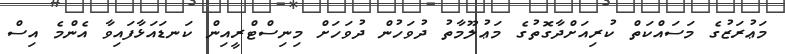
މަޢުރަޒުގެ މަސައްކަތް ކުރިއަށްދާގޮތުގެ މަޢުލޫމާތު ދުވަހުން ދުވަހަށް މިނިސްޓްރީއިން ކަނޑައަޅާފައިވާ އެންމެ އިސް